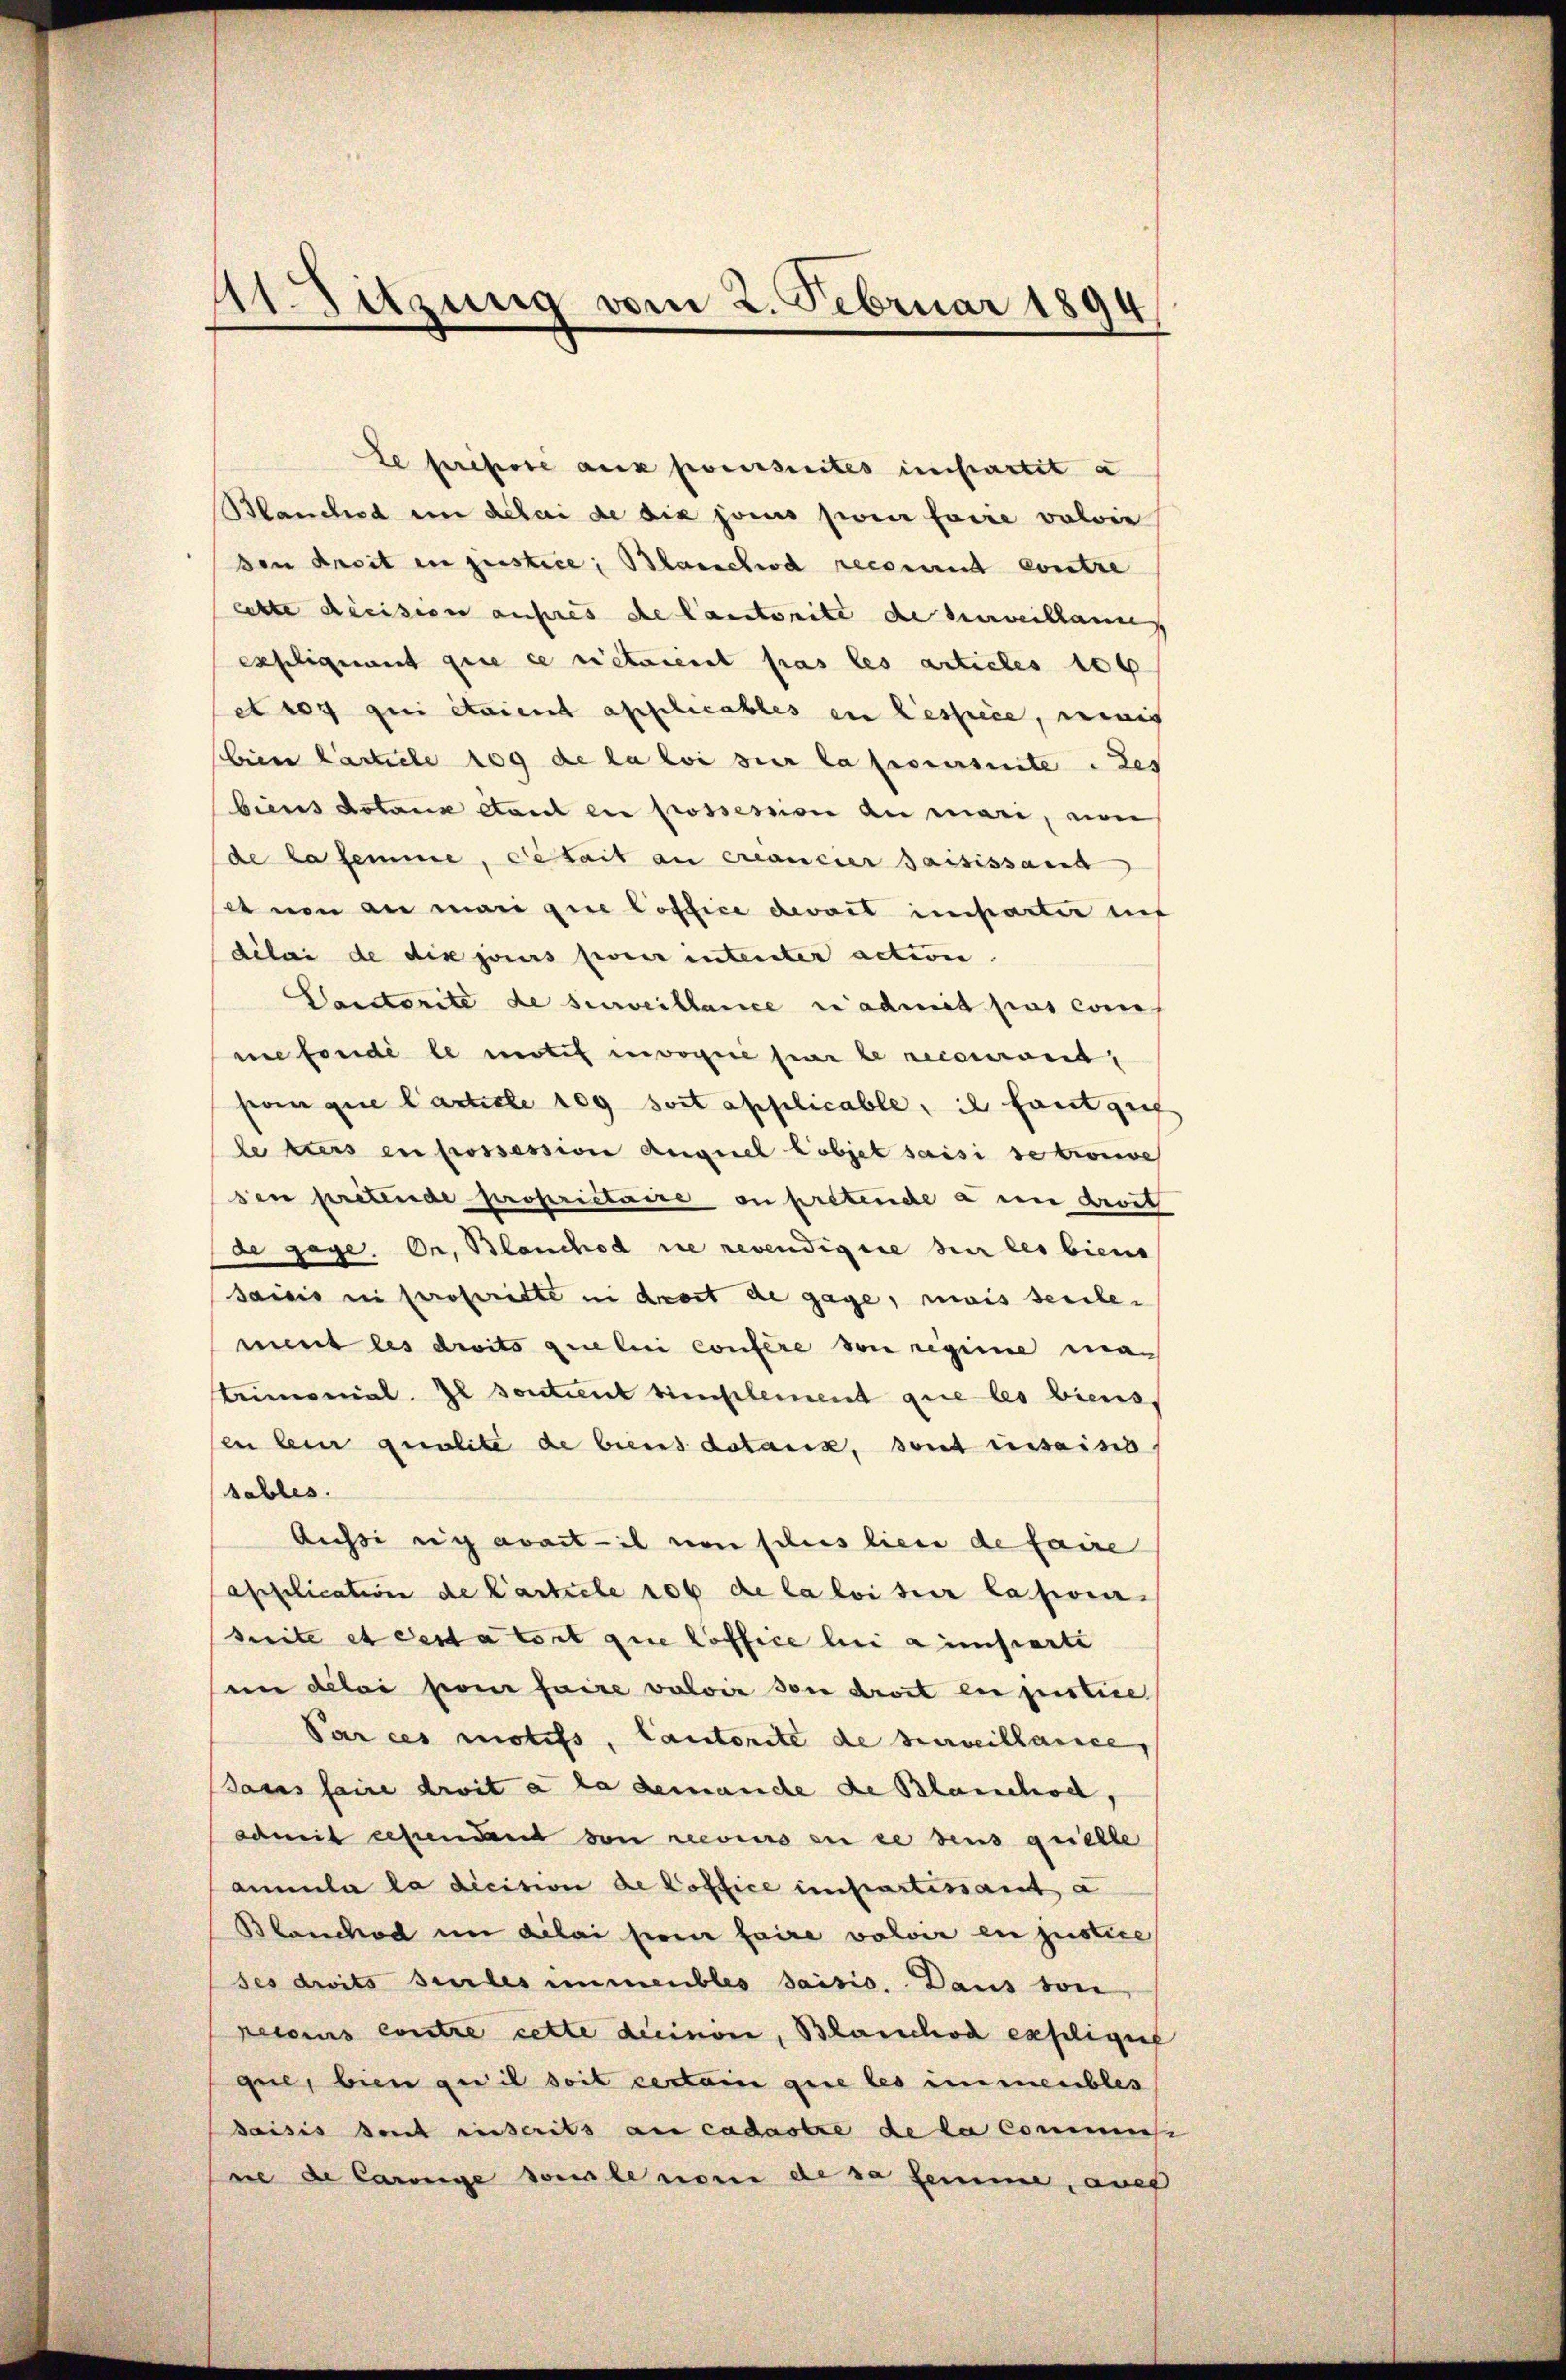
Le prepore aux poursuites impartit a
Manches in délai de dix jouis pour faire volvie
den Ansit in justice Blanchod recomit contre
cette decision aufes de lautorité de surveillann
expliquant que ce rietaient pas les articles 100
dry qui étaient applicables in Bestrice, wenig
biere Carticle 109 de la loi sur la provisite des
biens dotaux étant en prossession an man, no
de la femme, de sait an Francier Jaisissant
dnen an mari que loffice devoit inharter aus
délai de dix jours pour intenter action.
Vaictorité de surveillance n’admit pas com
nefondé le motif envogie par le recouront,
soin que Carticle 109 soit applicable, il fautgut
lekurs en prossession Auguel lobjet saisi se trouve
sen prétende proprietaire on pretende a en droit
de gage. Or, Blanchod die revendigere sur les biens
saisis in propritte in droit de gage, mais seule-
ment les droits que beni confere von regime matrimonial. Il sontient bienselement que les biens.
en bein qualite de biens dotaux, sont iusaisis.
sables.
Aussi rich avant il von schus lieu de faire
application de Carticle 106 de la loi sur lativen
suite et destatort que hoffice bei ainsierte
(in delei pour faire valoir son droit en justice
Par ces motifs, Cantorité de surveillance,
sanus faire droit à la demande de Blanchod,
admit ersendent von recours en ee deus grielle
annula la dicision de Poffice impartissant a
Blanchod in dilai sein faire volvir en justice
ses droits sur les immeubles saisis. Dans von
recours contre cette deinen, Blanchod expligiif
gue, bin qu’il soit certain que les immeubles
saisis dont inscrits au cadastre de la commis
ree de large sonale nom de sa femme, aber

11. Sitzung vom 2. Februar 1894